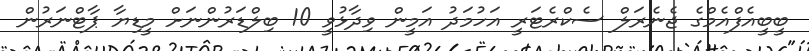
ބީބީއެފްއެމްގެ ޖެނެރަލް ސެކްރެޓަރީ އަހުމަދު އަމީން ވިދާޅުވީ 10 ބިލްޑަރުންނަށް މީޑިޔާ ޕާޓްނަރުން